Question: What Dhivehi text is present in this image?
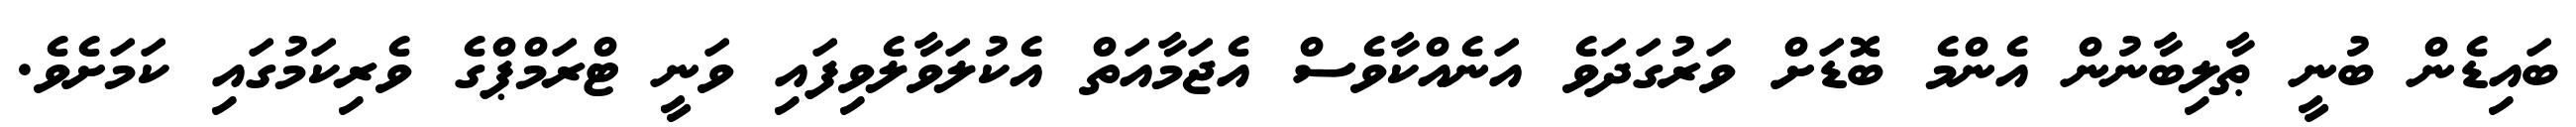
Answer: ބައިޑެން ބުނީ ޠާލިބާނުން އެންމެ ބޮޑަށް ވަރުގަދަވެ އަނެއްކާވެސް އެޖަމާއަތް އެކުލަވާލެވިފައި ވަނީ ޓްރަމްޕްގެ ވެރިކަމުގައި ކަމަށެވެ.